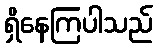
ရှိနေကြပါသည်